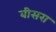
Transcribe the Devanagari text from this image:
बीसरा